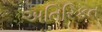
અતિરિકત